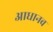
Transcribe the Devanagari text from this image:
आधानव